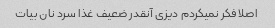
اصلا فکر نمیکردم دیزی آنقدر ضعیف غذا سرد نان بیات